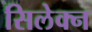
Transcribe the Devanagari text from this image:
सिलेक्न